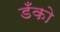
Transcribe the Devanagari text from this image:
डँको